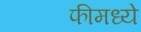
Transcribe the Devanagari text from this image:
फीमध्ये